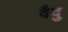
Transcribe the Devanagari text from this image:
वैदु